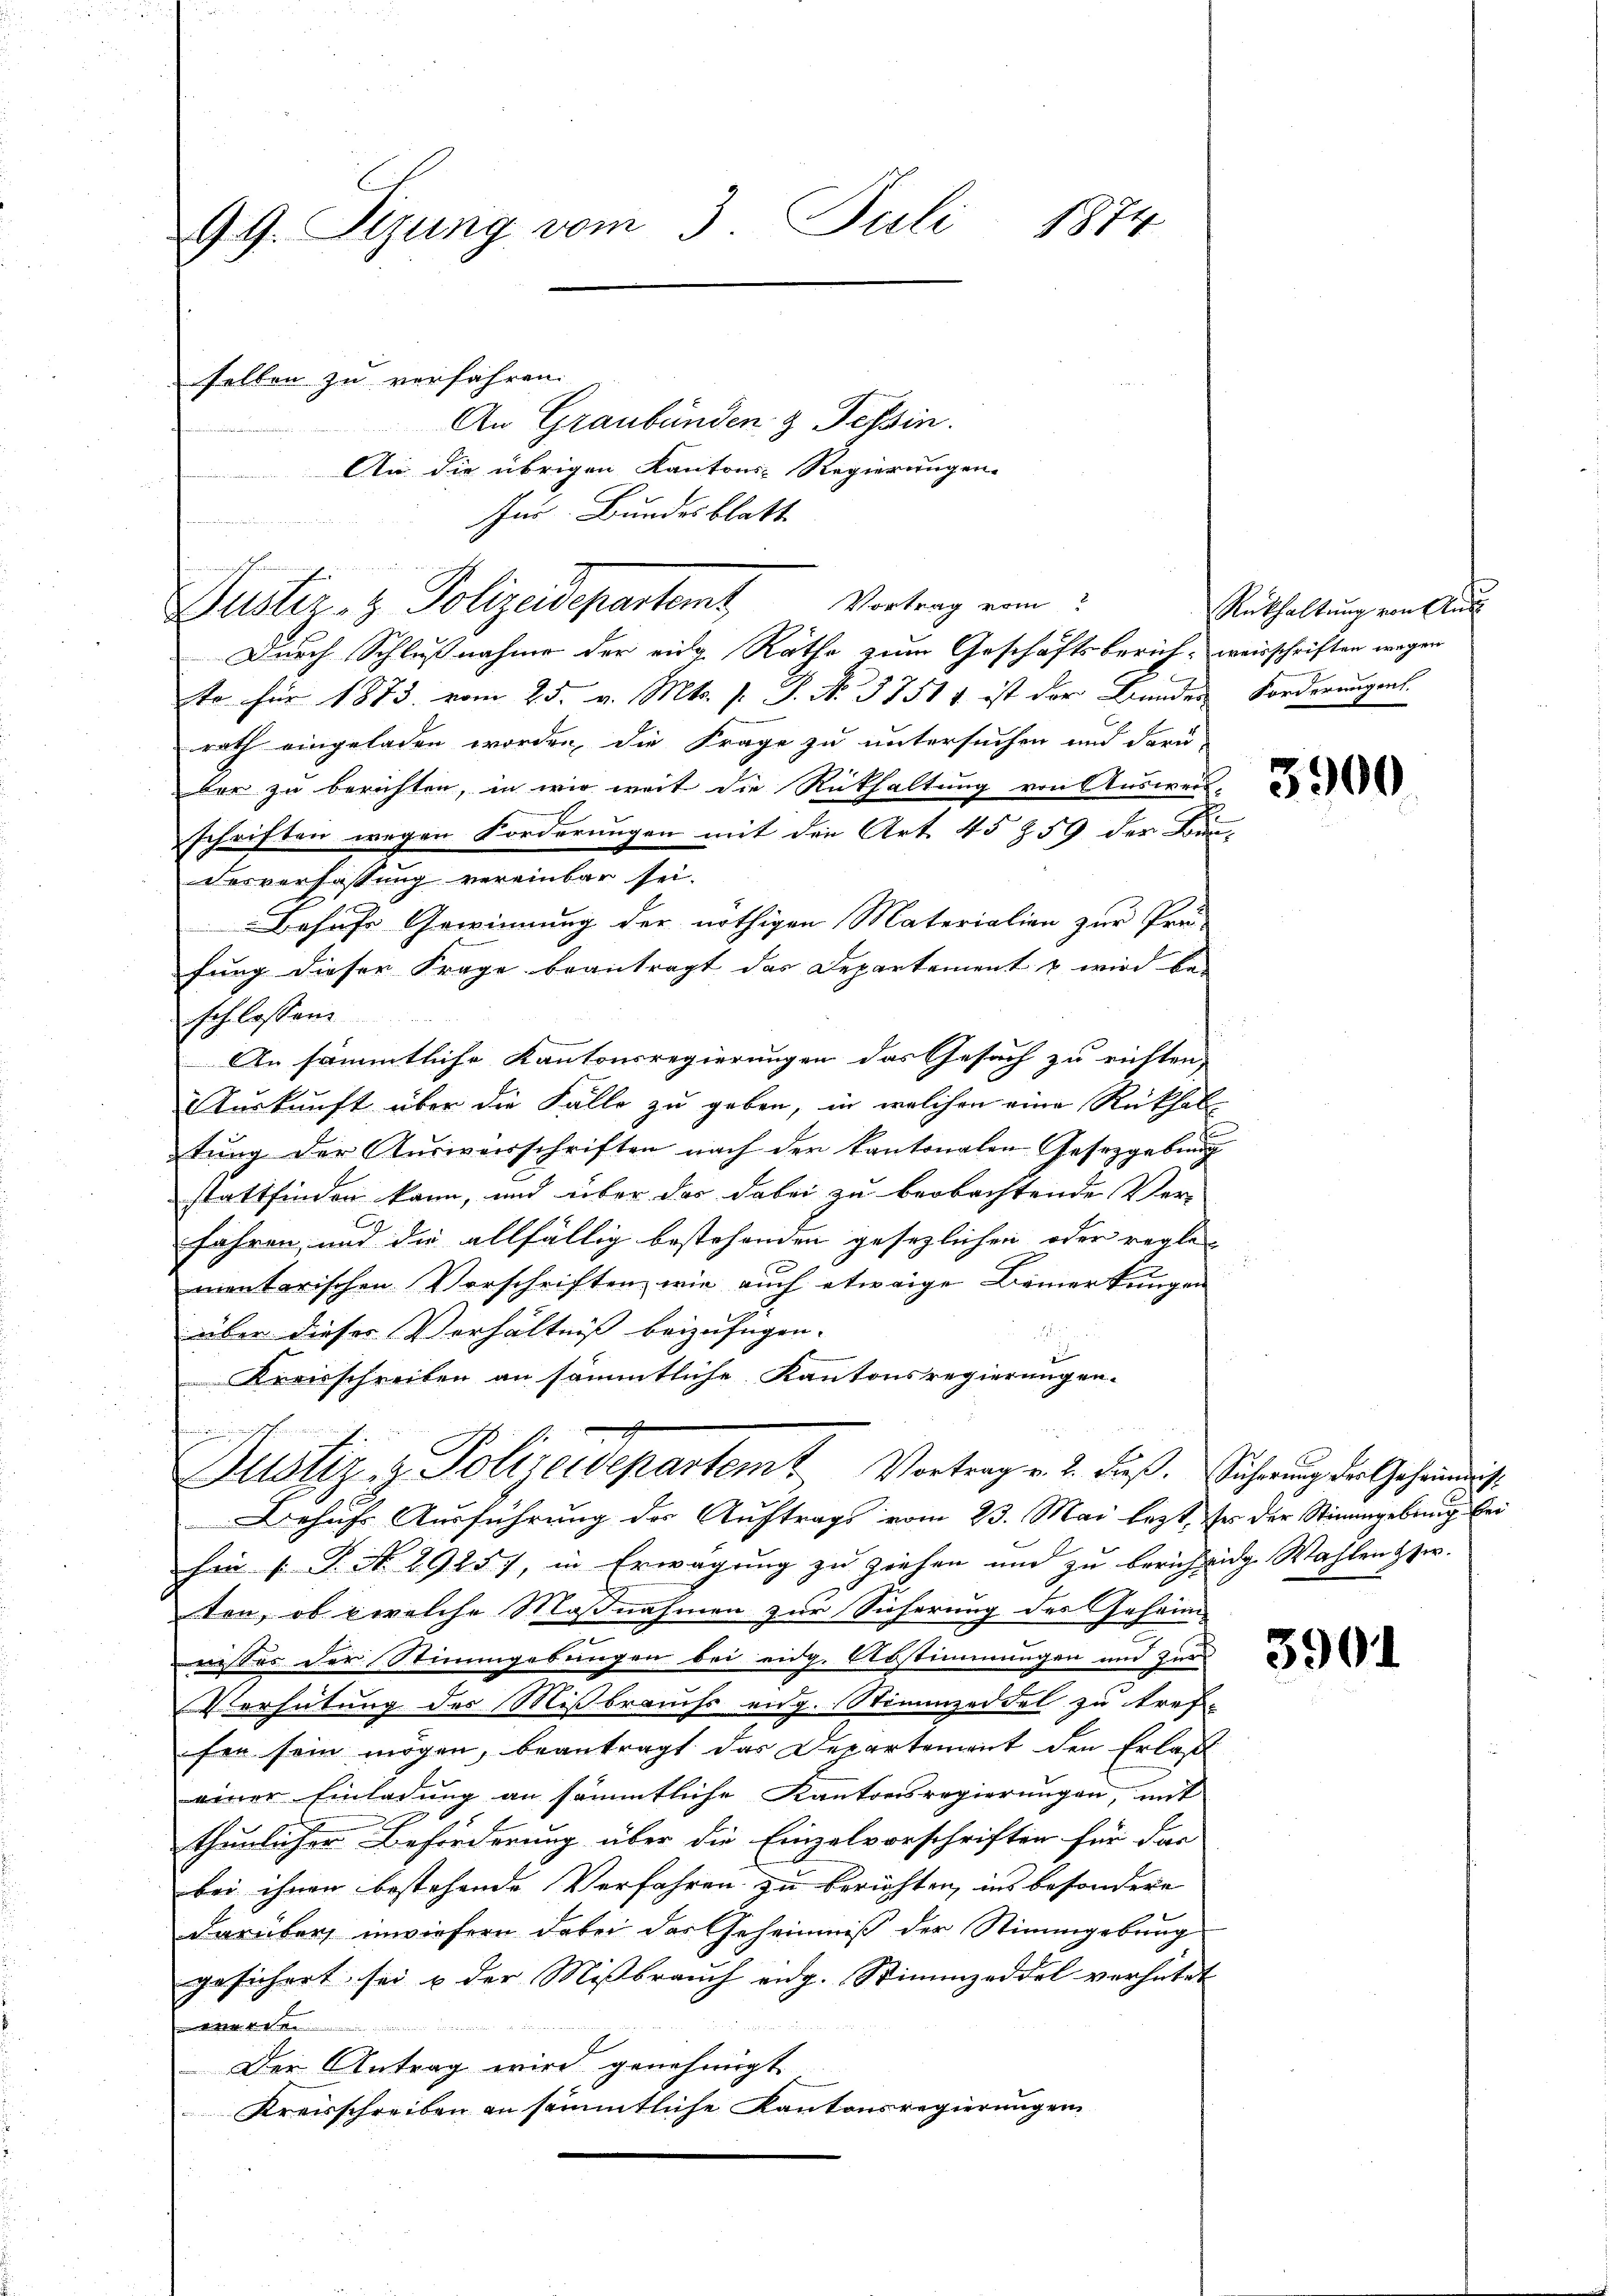
99. Sizung vom 3. Juli 1874
selben zu verfahren.
An Graubünden & Tessin.

An die übrigen Kantons-Regierungen.
Für Bundesblatt
Durch Schlußnahme der eidg. Räthe zum Geschäftsberich, weisschriften wegen
te für 1873 vom 25. v. Mts. f. P. No. 37514 ist der Bundes Forderungen.
rath eingeladen worden, die Frage zu untersuchen und daru
dar zu berichten, in wir weit die Rückhaltung von Ausweis-
schriften wegen Forderungen mit den Art. 45 § 59 des Bunververfassung vereinbar sei.
Behufs Gewinnung der nöthigen Materialien zur Prä-
fung dieser Frage beantragt das Departement & wird bei
schlossen.
An sämmtliche Kantonsregierungen das Gesuch zu richten,
Aurkunft über die Fälle zu geben, in welchen eine Rückhaltung der Kuriverschriften nach der kantonalen Gesetzgebung
stattfinden kann, und über das dabei zu beobachtende Ver-
fahren, und die allfällig bestehenden gesezlichen oder regle
mentarischen Vorschriften, wie auch etwaige Bemerkungen
über dieser Verhältniß beizufügen.

Kreisschreiben an sämmtliche Kantonsregierungen-
Justiz & Polizeidepartem Vortrag v. 2. dieß. Sicherung der Geheinig
Behufs Ausführung der Auftrags vom 23. Mai letzt, es der Stimmgebung bei
fan P. Nr. 2925), in Erwägung zu ziehen und zu berichtige Wahlen bzw.
ten, ob welche Maßnahmen zur Sicherung des Geheim-
ises der Stimmgebungen bei eing. Abstimmungen und zur
Verhütung des Mißbrauchs eng. Stimmzeddel zu tref-
fen sein mögen, beantragt das Departement den Erlaß
einer Einladung an sämmtliche Kantonsregierungen, mit
thunlicher Beförderung über die Einzelvorschriften für dar
bei ihnen bestehende Verfahren zu berichten, ins besondere
darüber inwiesern dabei das Geheimniß der Stimmgebung
gesichert sei & der Missbrauch eidg. Stimmzeddel verhütet |

1
Der Antrag wird genehmigt
Kreisschreiben an sämmtliche Kantonsregierungen

g

Bustiz- & Polizeidepartemt Vortrag von

Rükhaltung von Aus

3900

3901